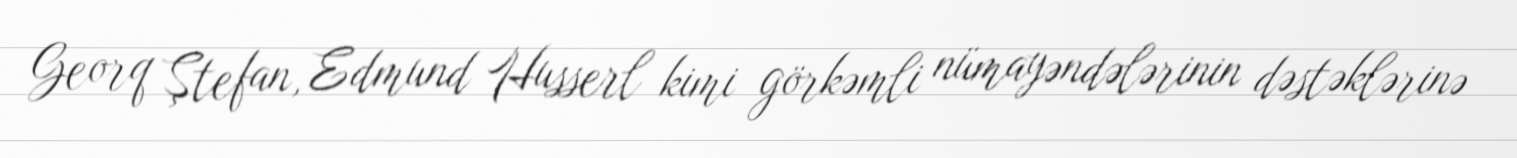
Georq Ştefan, Edmund Husserl kimi görkəmli nümayəndələrinin dəstəklərinə